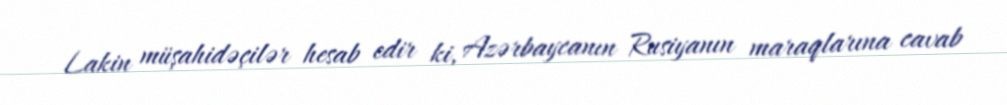
Lakin müşahidəçilər hesab edir ki, Azərbaycanın Rusiyanın maraqlarına cavab